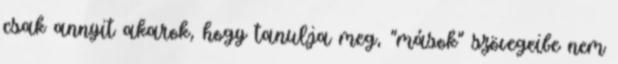
csak annyit akarok, hogy tanulja meg, "mások" szövegeibe nem